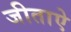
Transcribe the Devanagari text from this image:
जीताऐ